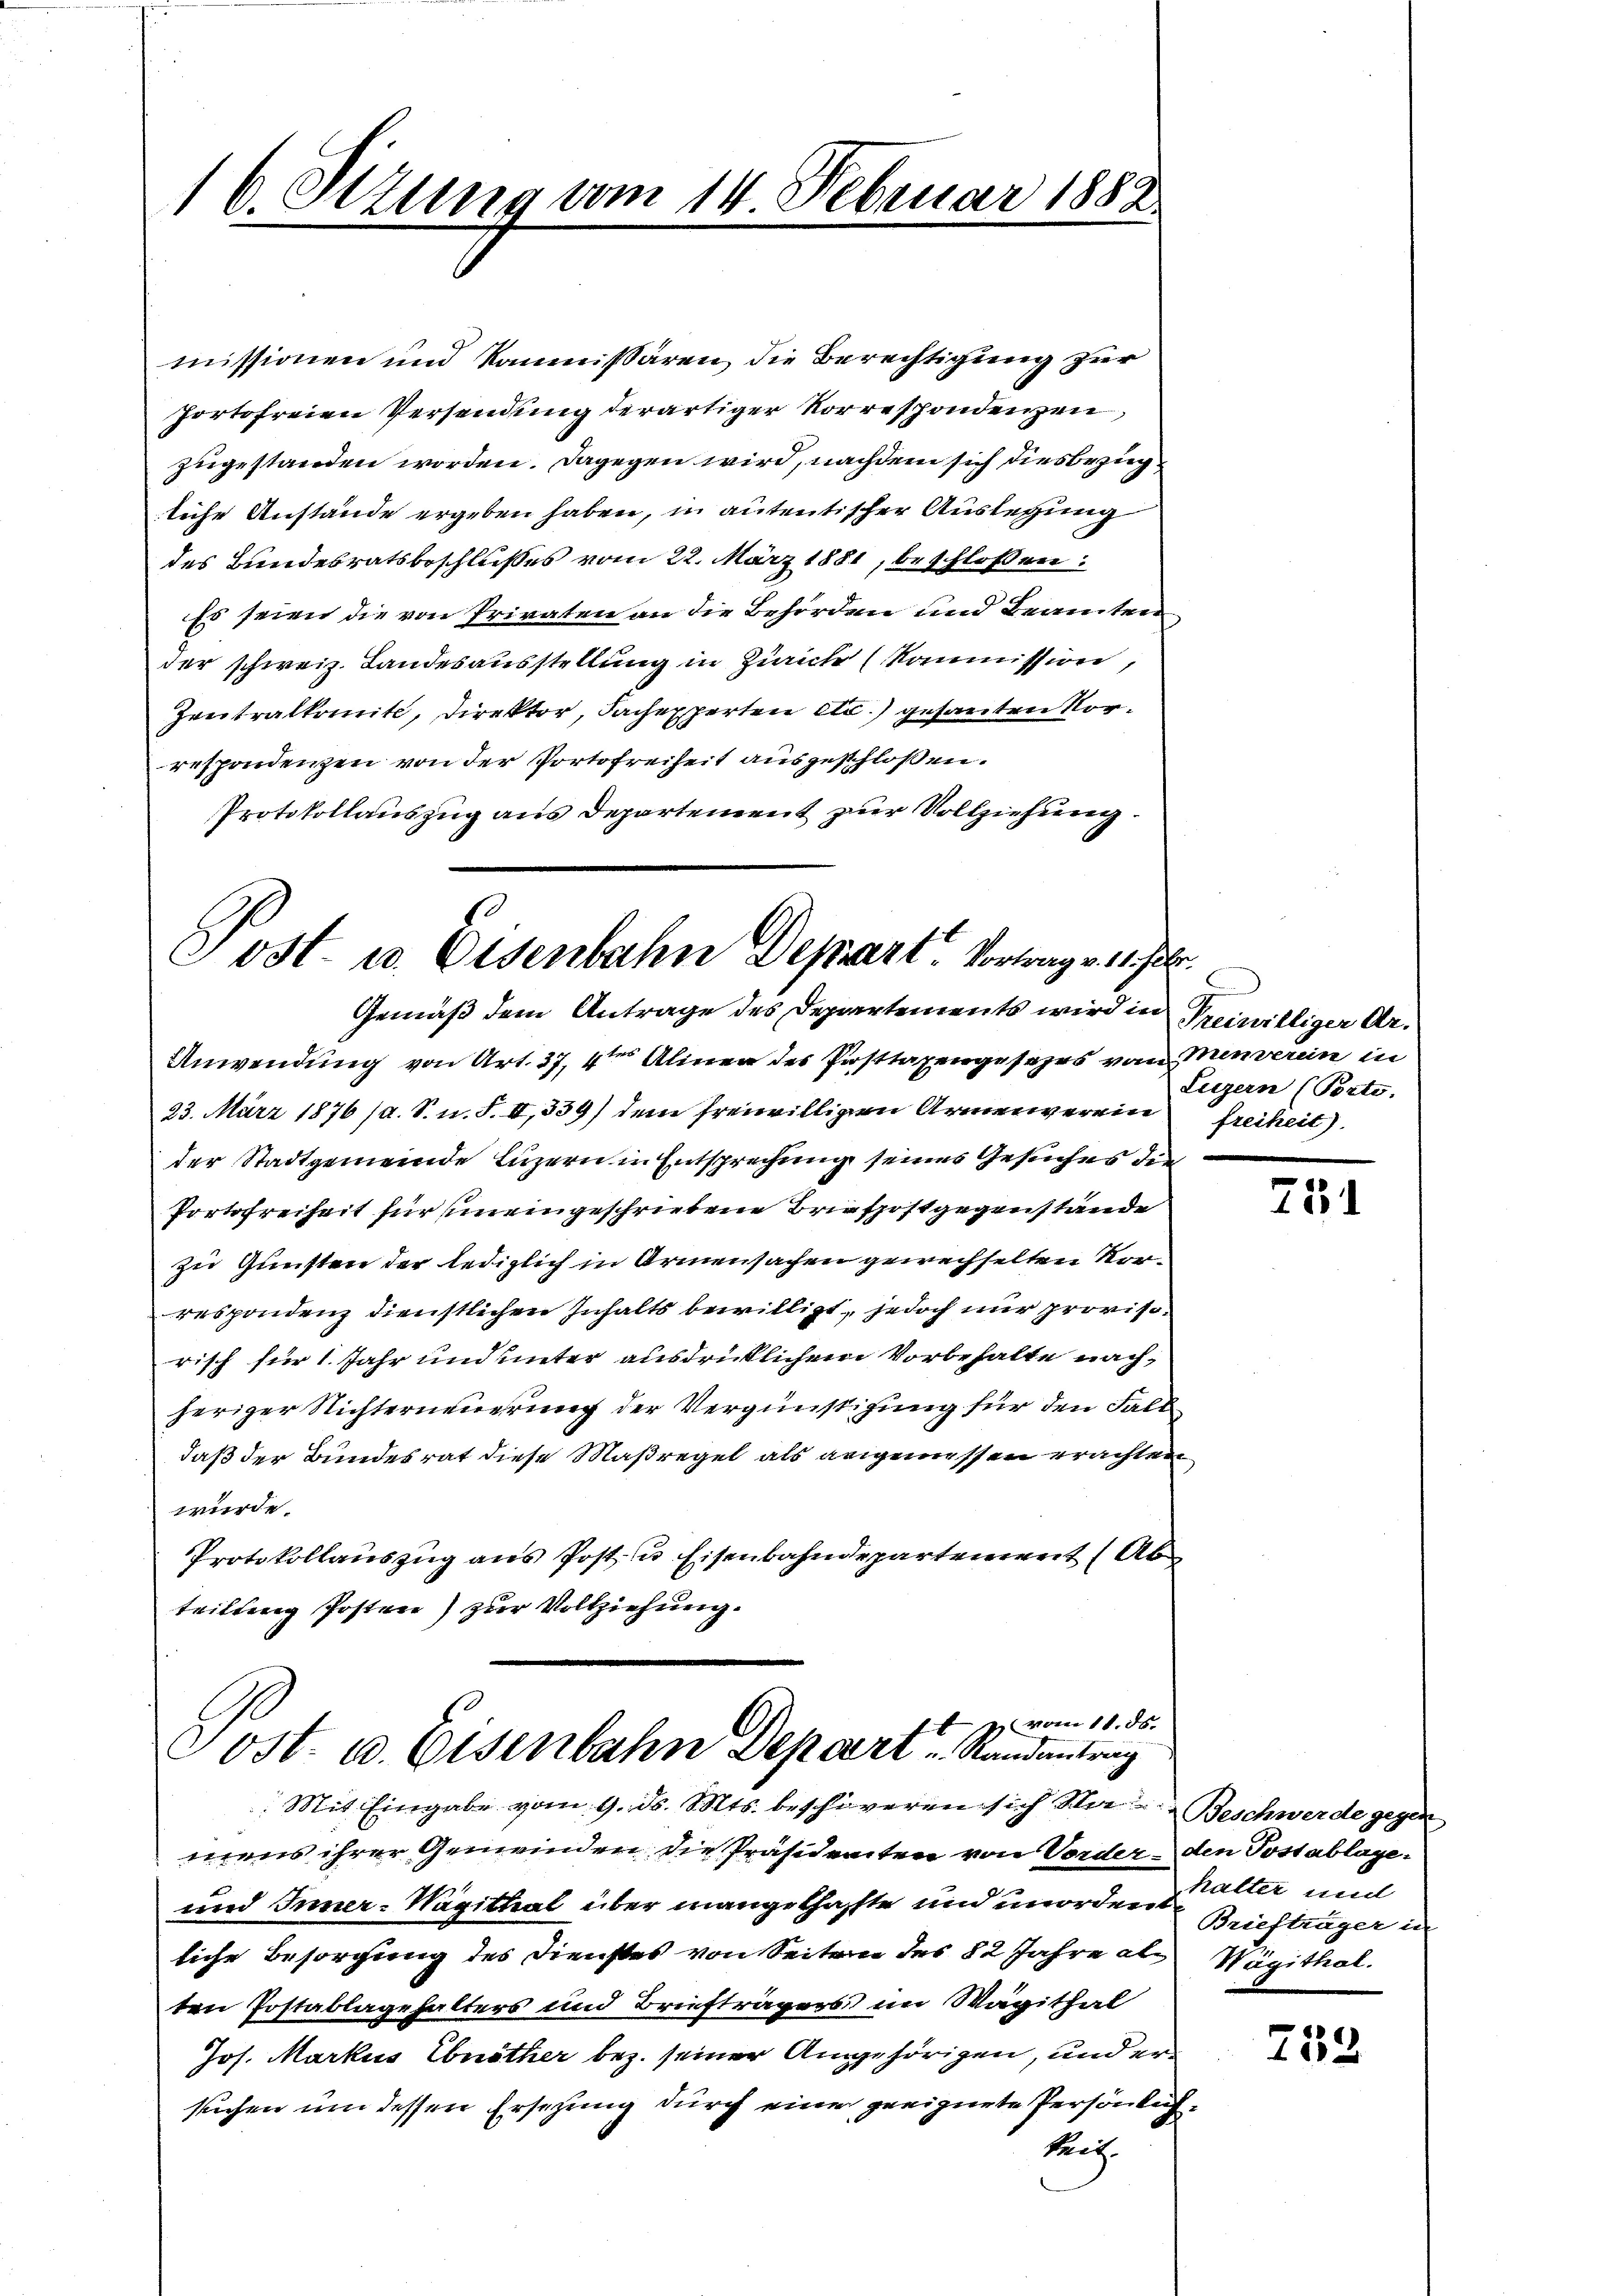
16. Otzung vom 14. Februar 1882.

missionen und kommissären, die Berechtigung zur
Portofreien Versendung derartiger Korrespondenzen,
zugestanden worden. Dagegen wird, nachdem sich diesbezugliche Anstände ergeben haben, in antentischer Auslegung
des Bundesratsbeschlußes vom 22. März 1881, beschloßen:
Es seien die von Privaten an die Behörden und Beamten
der schweiz. Landesausstellung in Zürich (Kommission,
Zweitralkomite, Direktor, Sachexperten etc.) gesanten Vorrespondenzen von der Portofreiheit ausgeschlossen.
Protokollauszug aus Departement zur Vollziehung.

Post- u. Eisenbahn Depart. Vortrag v. 11. Febr.
Gemäß dem Antrage des Departements wird in Treiwilliger Ar¬

Anwendung von Art. 37, 4ten Alinen des Posttaxengesezes von Menverein in
23. März 1876 (a. S. n. F. II, 339) dem freiwilligen Armenverein freiheit)
der Stadtgemeinde Luzern in Entsprechung seines Gesuches die¬
Portofreiheit für uneingeschriebene Briefpostgegenstände
zu Gunsten der lediglich in Armensachen gewechselten Vorrespondenz dienstlichen Inhalts bewilligt, jedoch nur provisorisch für 1. Jahr und unter ausdrücklichem Vorbehalte nachheriger Nichterneuerung der Vergünstigung für den Fall
daß der Bundesrat diese Maßregel als angemessen erachten
würde.
Protokollauszug aus Post- u. Eisenbahndepartement (Ab
teilung Posten) zur Vollziehung.

7 vom 11. ds.
Post- u. Eisenbahn Depart Randantrag

Mit Eingabe vom 9. ds. Mts. beschöveren sich Star Beschwerde gegen
mens ihrer Gemeinden die Präsidenten von Vorder- den Postablage
und Inner-Wagithal über mangelhaffte und unorden Alter und
liche Besorgung des Dienstes von Seitern des 82 Jahre als Wägithal.
ten Postablagehalters und Briefträgers im Wägithal
Jos. Markus Ebnöther bez. seiner Angehörigen, und er
suchen um dessen Ersezung durch eine geeignete Persönlichkeit.

Luzern (Porte.

75

Briefträger in

252